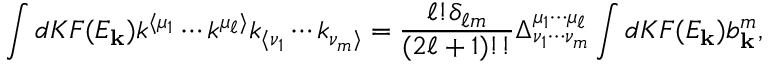
\int d K F ( E _ { \mathbf { k } } ) k ^ { \langle \mu _ { 1 } } \cdots k ^ { \mu _ { \ell } \rangle } k _ { \langle \nu _ { 1 } } \cdots k _ { \nu _ { m } \rangle } = \frac { \ell ! \delta _ { \ell m } } { ( 2 \ell + 1 ) ! ! } \Delta _ { \nu _ { 1 } \cdots \nu _ { m } } ^ { \mu _ { 1 } \cdots \mu _ { \ell } } \int d K F ( E _ { \mathbf { k } } ) b _ { \mathbf { k } } ^ { m } ,